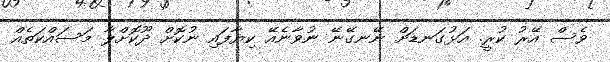
ވެސް އޭރު ކުރީ. އަޅުގަނޑަށް ނޭނގޭނޭ ނުވާނެއޭ ކިޔާފައި ނުކޮށް ދޫކޮށްލާ މަސައްކަތެއް